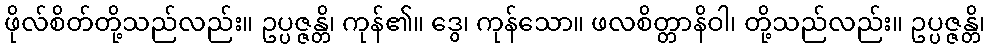
ဖိုလ်စိတ်တို့သည်လည်း။ ဥပ္ပဇ္ဇန္တိ၊ ကုန်၏။ ဒွေ၊ ကုန်သော။ ဖလစိတ္တာနိဝါ၊ တို့သည်လည်း။ ဥပ္ပဇ္ဇန္တိ၊